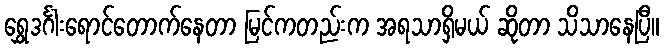
ရွှေဒင်္ဂါးရောင်တောက်နေတာ မြင်ကတည်းက အရသာရှိမယ် ဆိုတာ သိသာနေပြီ။